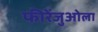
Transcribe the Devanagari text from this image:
फीरेंजुओला